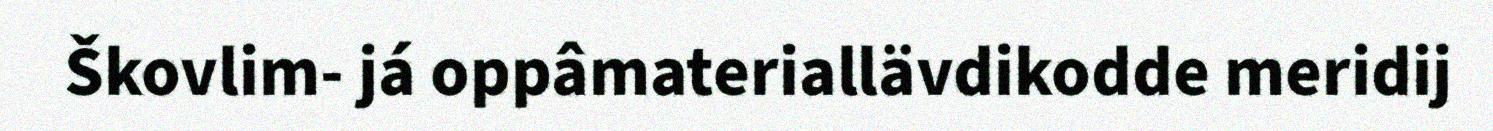
Škovlim- já oppâmateriallävdikodde meridij